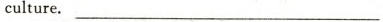
culture._____________